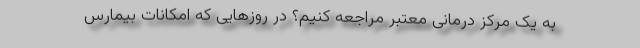
به یک مرکز درمانی معتبر مراجعه کنیم؟ در روزهایی که امکانات بیمارس